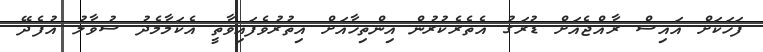
ފަހަކަށް އައިސް ރާއްޖެއަށް ޑުރަގު އެތެރެކުރުން އިންތިހާއަށް އިތުރުވެފައިވާތީ އެކަމާމެދު ސުވާލު އުފެދޭ